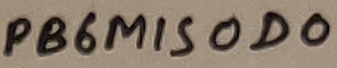
Text: PB6MISOD0